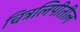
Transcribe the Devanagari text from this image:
चित्रलिपीतील